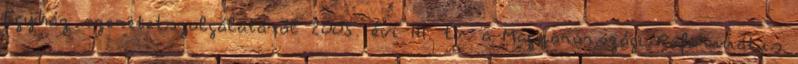
Egyház szeretetszolgálatáról 2005. évi III. tv. a Magyarországi Református